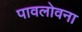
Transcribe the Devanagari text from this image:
पावलोवना